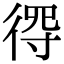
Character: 𢔨